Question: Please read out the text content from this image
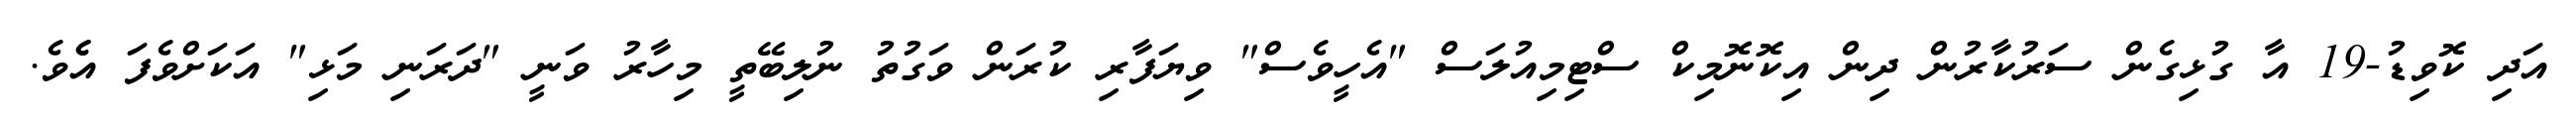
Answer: އަދި ކޮވިޑު-19 އާ ގުޅިގެން ސަރުކާރުން ދިން އިކޮނޮމިކް ސްޓިމިއުލަސް "އެހީވެސް" ވިޔަފާރި ކުރަން ވަގުތު ނުލިބޭތީ މިހާރު ވަނީ "ދަރަނި މަޅި" އަކަށްވެފަ އެެވެ.